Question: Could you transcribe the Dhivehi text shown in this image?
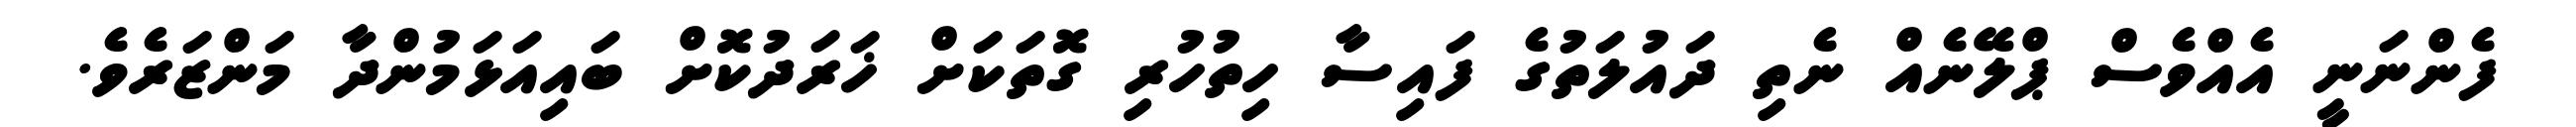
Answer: ފެންނަނީ އެއްވެސް ޕްލޭނެއް ނެތި ދައުލަތުގެ ފައިސާ ހިތުހުރި ގޮތަކަށް ޚަރަދުކޮށް ބައިއަޅަމުންދާ މަންޒަރެވެ.